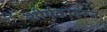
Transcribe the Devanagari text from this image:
शीर्षकावरून